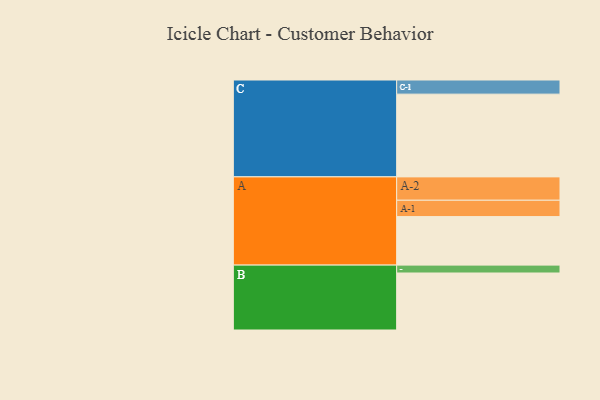
{"axis": {"x": "Segment", "y": "Value"}, "legend": ["", "A", "B", "C"], "data": [{"x": "A", "y": 326, "type": ""}, {"x": "B", "y": 383, "type": ""}, {"x": "C", "y": 556, "type": ""}, {"x": "A-1", "y": 110, "type": "A"}, {"x": "A-2", "y": 157, "type": "A"}, {"x": "B-1", "y": 53, "type": "B"}, {"x": "C-1", "y": 95, "type": "C"}]}